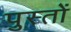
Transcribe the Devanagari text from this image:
पुस्तों